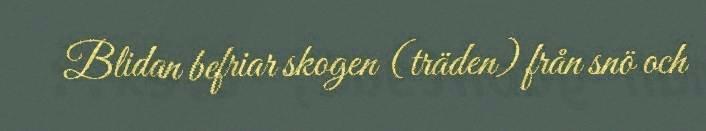
Blidan befriar skogen (träden) från snö och